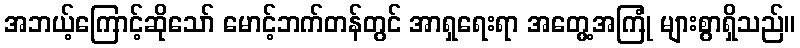
အဘယ့်ကြောင့်ဆိုသော် မောင့်ဘက်တန်တွင် အာရှရေးရာ အတွေ့အကြုံ များစွာရှိသည်။